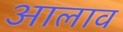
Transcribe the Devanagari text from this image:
आलाव